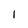
Character: 1